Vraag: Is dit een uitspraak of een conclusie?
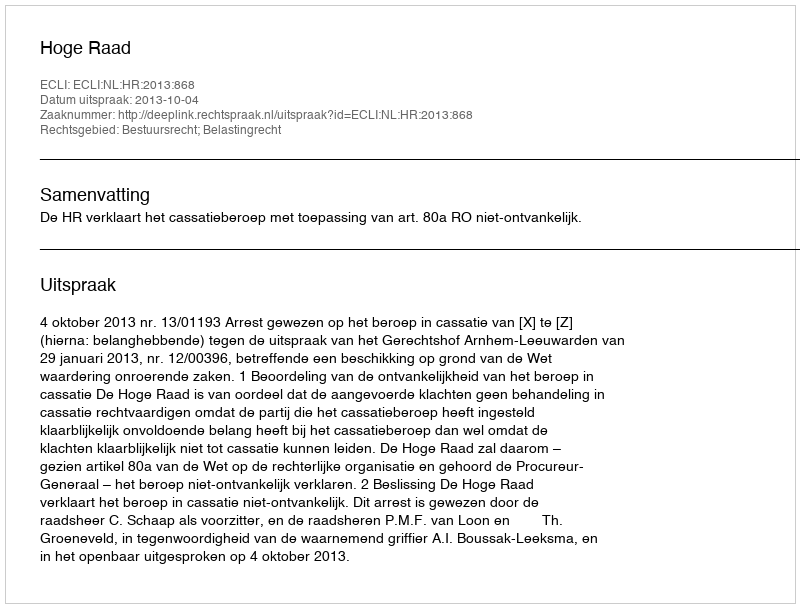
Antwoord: Uitspraak